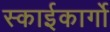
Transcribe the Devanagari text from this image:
स्काईकार्गो